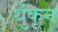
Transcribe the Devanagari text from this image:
थुंकून